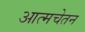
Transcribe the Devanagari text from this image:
आत्मचेतन